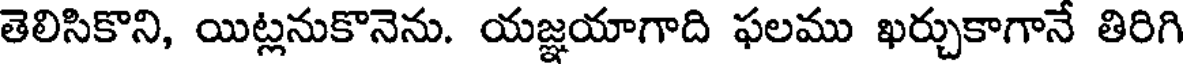
తెలిసికొని, యిట్లనుకొనెను. యజ్ఞయాగాది ఫలము ఖర్చుకాగానే తిరిగి